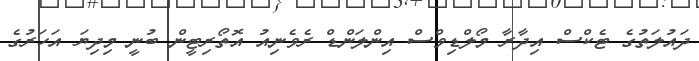
ދައުލަތުގެ ޓެކްސް އިދާރާ މޯލްޑިވްސް އިންލަންޑް ރެވެނިއު އޮތޯރިޓީން ބުނީ މިދިޔަ އަހަރުގެ